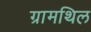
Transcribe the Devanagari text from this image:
ग्रामथिल